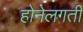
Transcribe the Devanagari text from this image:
होनेलगती